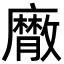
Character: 𢋮